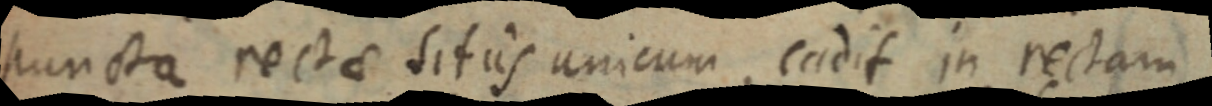
puncta rectae sitis unicum, cadit in rectam